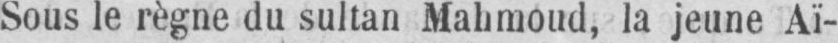
Sous le règne du sultan Mahmoud, la jeune Aï-